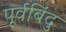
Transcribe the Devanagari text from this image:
पूर्वबिंदु